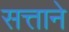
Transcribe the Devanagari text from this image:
सत्ताने